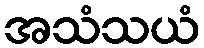
အသံသယံ